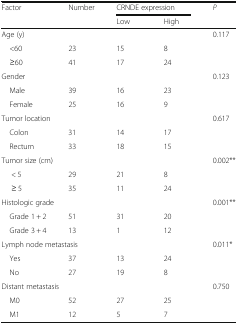
<table><thead><tr><td><b>Factor</b></td><td><b>Number</b></td><td colspan="2"><b>CRNDE expression</b></td><td><b><i>P</i></b></td></tr><tr><td></td><td></td><td><b>Low</b></td><td><b>High</b></td><td></td></tr></thead><tbody><tr><td colspan="4">Age (y)</td><td>0.117</td></tr><tr><td> &lt;60</td><td>23</td><td>15</td><td>8</td><td></td></tr><tr><td> ≥60</td><td>41</td><td>17</td><td>24</td><td></td></tr><tr><td colspan="4">Gender</td><td>0.123</td></tr><tr><td> Male</td><td>39</td><td>16</td><td>23</td><td></td></tr><tr><td> Female</td><td>25</td><td>16</td><td>9</td><td></td></tr><tr><td colspan="4">Tumor location</td><td>0.617</td></tr><tr><td> Colon</td><td>31</td><td>14</td><td>17</td><td></td></tr><tr><td> Rectum</td><td>33</td><td>18</td><td>15</td><td></td></tr><tr><td colspan="4">Tumor size (cm)</td><td>0.002**</td></tr><tr><td>&lt; 5</td><td>29</td><td>21</td><td>8</td><td></td></tr><tr><td>≥ 5</td><td>35</td><td>11</td><td>24</td><td></td></tr><tr><td colspan="4">Histologic grade</td><td>0.001**</td></tr><tr><td> Grade 1 + 2</td><td>51</td><td>31</td><td>20</td><td></td></tr><tr><td> Grade 3 + 4</td><td>13</td><td>1</td><td>12</td><td></td></tr><tr><td colspan="4">Lymph node metastasis</td><td>0.011*</td></tr><tr><td> Yes</td><td>37</td><td>13</td><td>24</td><td></td></tr><tr><td> No</td><td>27</td><td>19</td><td>8</td><td></td></tr><tr><td colspan="4">Distant metastasis</td><td>0.750</td></tr><tr><td> M0</td><td>52</td><td>27</td><td>25</td><td></td></tr><tr><td> M1</td><td>12</td><td>5</td><td>7</td><td></td></tr></tbody></table>